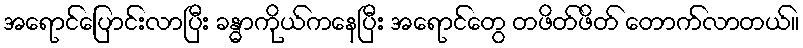
အရောင်ပြောင်းလာပြီး ခန္ဓာကိုယ်ကနေပြီး အရောင်တွေ တဖိတ်ဖိတ် တောက်လာတယ်။